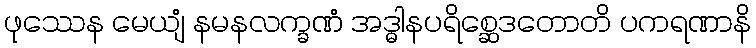
ဖုဿေန မေယျံ နမနလက္ခဏံ အဒ္ဓါနပရိစ္ဆေဒတောတိ ပကရဏာနိ